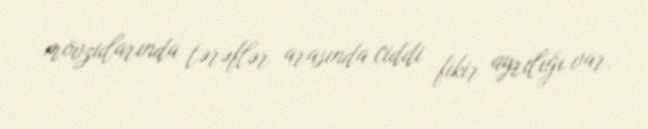
mövzularında tərəflər arasında ciddi fikir ayrılığı var.